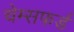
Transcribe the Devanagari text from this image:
चेम्सफर्ड